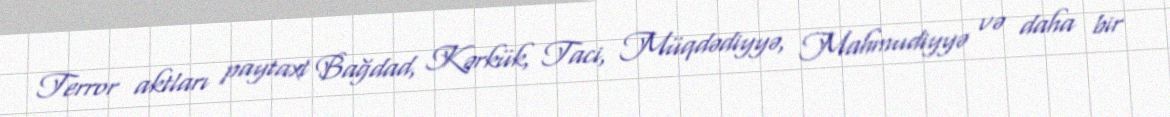
Terror aktları paytaxt Bağdad, Kərkük, Taci, Müqdədiyyə, Mahmudiyyə və daha bir